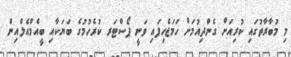
މި މުބާރާތުގައި ކުރިއަށް ގެންދިއުމަށް ހަމަޖެހިފައި ވަނީ ޕޯސްޓަރ ކުރެހުމުގެ ބަޔަކާއި ބީއެމްއެލްއިން